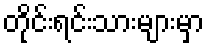
တိုင်းရင်းသားများမှာ